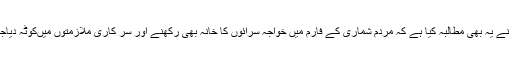
انہوں نے یہ بھی مطالبہ کیا ہے کہ مردم شماری کے فارم میں خواجہ سرائوں کا خانہ بھی رکھنے اور سر کاری ملازمتوں میںکوٹہ دیاجائے ۔